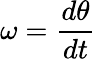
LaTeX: \omega={\frac{d\theta}{dt}}